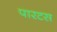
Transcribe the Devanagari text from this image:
पारटस